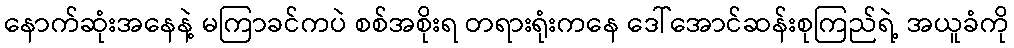
နောက်ဆုံးအနေနဲ့ မကြာခင်ကပဲ စစ်အစိုးရ တရားရုံးကနေ ဒေါ်အောင်ဆန်းစုကြည်ရဲ့ အယူခံကို